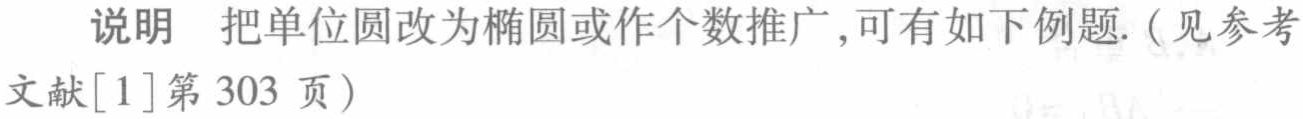
说明 把单位圆改为椭圆或作个数推广,可有如下例题.（见参考文献[1]第 303 页）